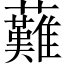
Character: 䕼